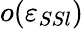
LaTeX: o(\varepsilon_{SSl})